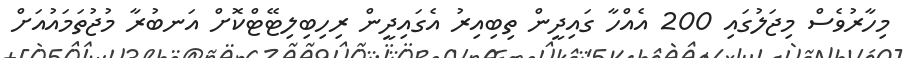
މިހާރުވެސް މިޖަލުގައި 200 އެއްހާ ގައިދީން ތިބިއިރު އެގައިދީން ރިހިބިލިޓޭޓްކޮށް އަނބުރާ މުޖުތަމައުއަށް